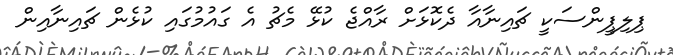
ޕިލިޕީންސަކީ ޗައިނާއާ ދެކޮޅަށް ރާއްޖެ ކުޅޭ މެޗު އެ ގައުމުގައި ކުޅެން ޗައިނާއިން